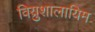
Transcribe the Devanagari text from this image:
विय्रुशालायिम